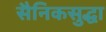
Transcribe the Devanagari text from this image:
सैनिकसुद्धा